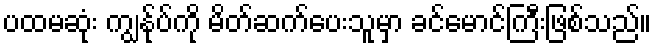
ပထမဆုံး ကျွန်ုပ်ကို မိတ်ဆက်ပေးသူမှာ ခင်မောင်ကြီးဖြစ်သည်။